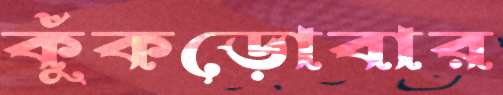
কুঁকড়োবার